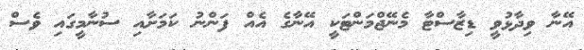
އޭނާ ވިދާޅުވީ ޑިޒާސްޓާ މެނޭޖްމަންޓަކީ އޭނާގެ އެއް ފަންނު ކަމަށާއި ސުނާމީގައި ވެސް